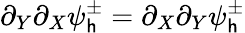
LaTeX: \partial_{Y}\partial_{X}\psi_{\mathsf{h}}^{\pm}=\partial_{X}\partial_{Y}\psi_{\mathsf{h}}^{\pm}